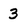
Character: 3